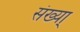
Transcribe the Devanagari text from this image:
संख्या्